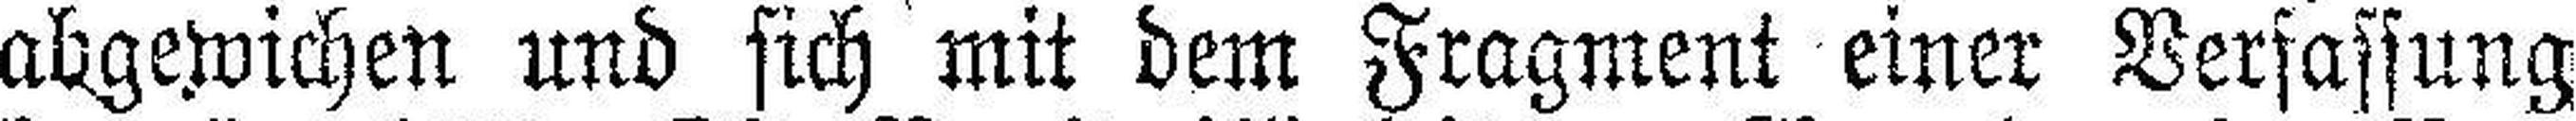
abgewichen und sich mit dem Fragment einer Verfassung